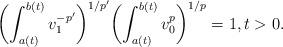
LaTeX: \begin{align*}\biggl(\int_{a(t)}^{b(t)}v_1^{-p'}\biggr)^{1/p'}\biggl(\int_{a(t)}^{b(t)}v_0^p\biggr)^{1/p}=1,t>0.\end{align*}